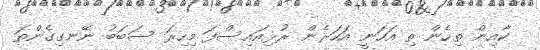
ކާއިން ތިހެން ތި އަހަނީ އަހަރެން ރުޅިއައިސްފަ މިހިރަ ސަބަބު ނޭނގިގެންތަ